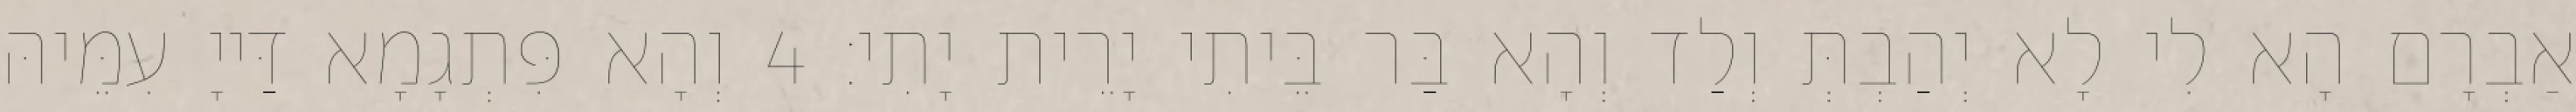
אַבְרָם הָא לִי לָא יְהַבְתְּ וְלַד וְהָא בַּר בֵּיתִי יָרֵית יָתִי׃ 4 וְהָא פִּתְגָמָא דַּייָ עִמֵּיהּ